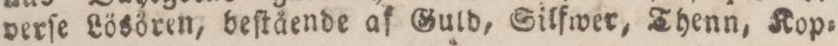
verſe Lösören, beſtående af Guld, Silfwer, Thenn, Kop=